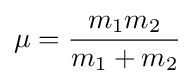
\mu ={m_{1}m_{2} \over m_{1}+m_{2}}